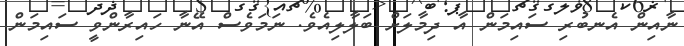
ނާއިން އެނބުރި ސައިމަން އާ ދިމާލަށް ބަލާލިއެވެ. ނަމަވެސް އޭނާ ހައިރާންވީ ސައިމަން